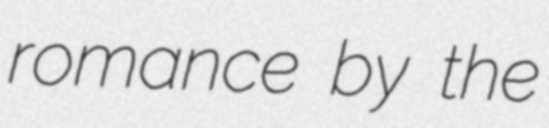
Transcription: romance by the